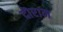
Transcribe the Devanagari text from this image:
दॊरान